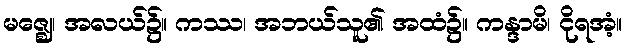
မဇ္ဈေ၊ အလယ်၌။ ကဿ၊ အဘယ်သူ၏ အထံ၌။ ကန္ဒာမိ၊ ငိုရအံ့။